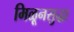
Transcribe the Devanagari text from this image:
मिळूनसुद्धा